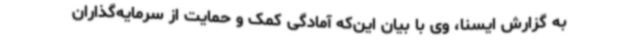
به گزارش ایسنا، وی با بیان این‌که آمادگی کمک و حمایت از سرمایه‌گذاران